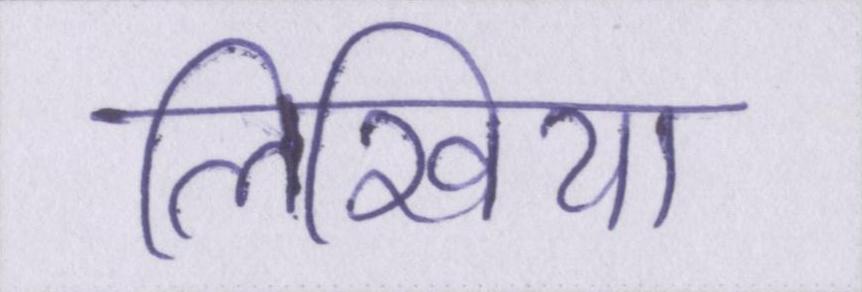
लिखिया